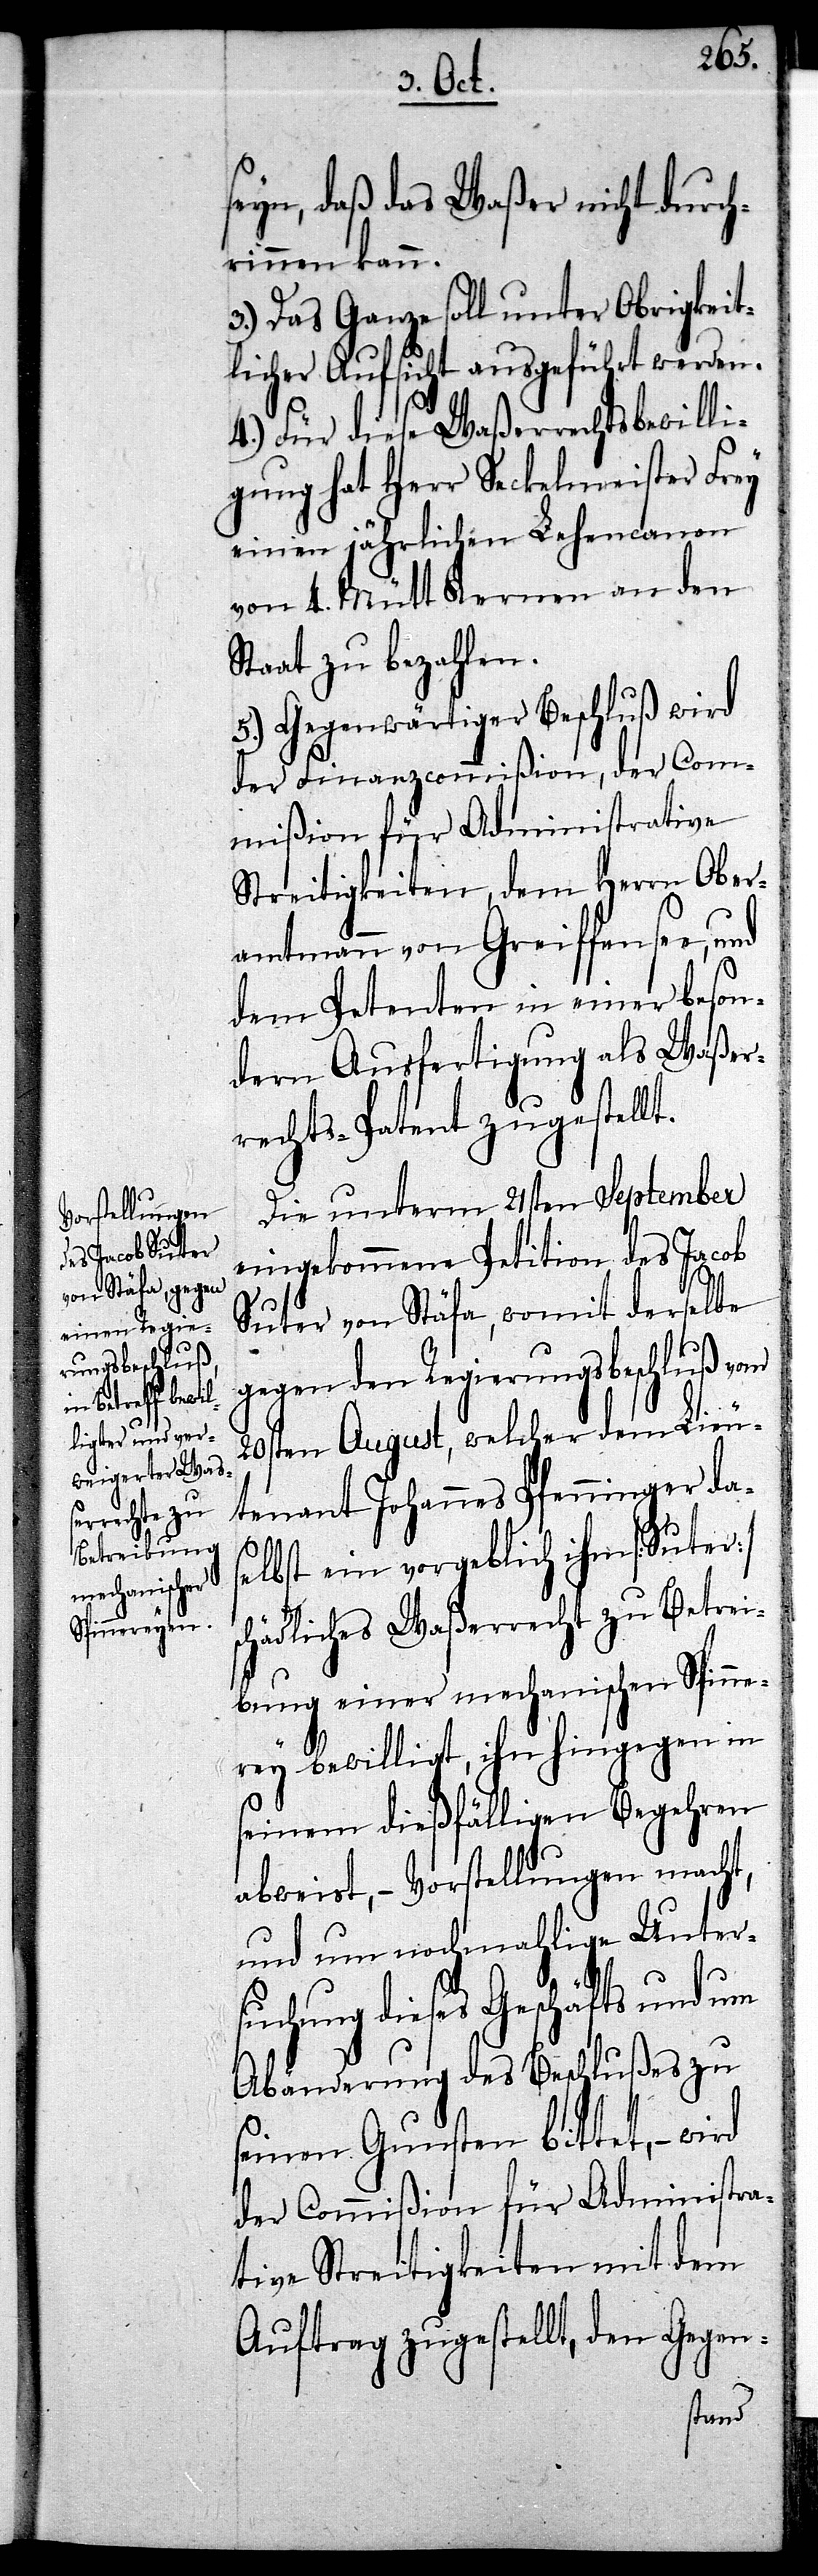
seyn, daß das Waßer nicht durch¬
rinnen kann.
3.) Das Ganze soll unter Obrigkeit¬
licher Aufsicht ausgeführt werden.
4.) Für diese Waßerrechtsbewilli¬
gung hat Herr Seckelmeister Frey
einen jährlichen Lehencanon
von 4. Mütt Kernen an den
Staat zu bezahlen.
5.) Gegenwärtiger Beschluß wird
der Finanzcommißion, der Com¬
mißion für Administrative
Streitigkeiten, dem Herrn Ober¬
amtmann von Greiffensee, und
dem Petenten in einer beson¬
dern Ausfertigung als Waßer¬
rechts-Patent zugestellt.
Die unterm 21sten September
eingekommene Petition des Jacob
Suter von Stäfa, womit derselbe
gegen den Regierungsbeschluß vom
20sten August, welcher dem Lieu¬
tenant Johannes Pfenninger das¬
elbst ein vorgeblich ihm [Suter]
schädliches Waßerrecht zu Betrei¬
bung einer mechanischen Spinne¬
rey bewilligt, ihn hingegen in
seinem dießfälligen Begehren
abweist, – Vorstellungen macht,
und um nochmahlige Unter¬
suchung dieses Geschäfts und um
Abänderung des Beschlußes zu
seinen Gunsten bittet, – wird
der Commißion für Administra¬
tive Streitigkeiten mit dem
Auftrag zugestellt, den Gegen-